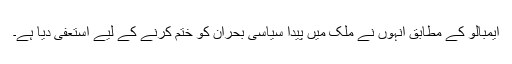
ایمبالو کے مطابق انہوں نے ملک میں پیدا سیاسی بحران کو ختم کرنے کے لیے استعفیٰ دیا ہے۔